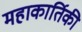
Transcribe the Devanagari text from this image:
महाकार्तिकी